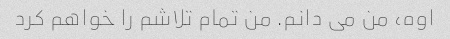
اوه، من می دانم. من تمام تلاشم را خواهم کرد